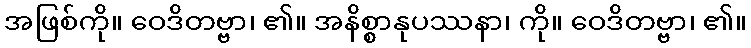
အဖြစ်ကို။ ဝေဒိတဗ္ဗာ၊ ၏။ အနိစ္စာနုပဿနာ၊ ကို။ ဝေဒိတဗ္ဗာ၊ ၏။